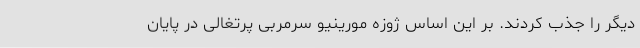
دیگر را جذب کردند. بر این اساس ژوزه مورینیو سرمربی پرتغالی در پایان